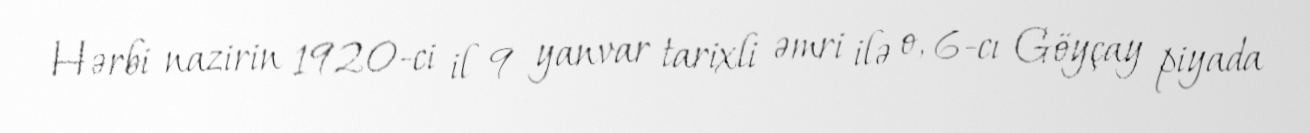
Hərbi nazirin 1920-ci il 9 yanvar tarixli əmri ilə o, 6-cı Göyçay piyada